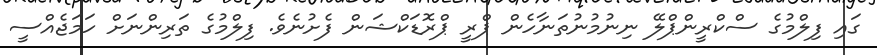
ގައި ފިލްމުގެ ސްކްރީންޕްލޭ ނިނުމުނުތަނާހެން ޕްރީ ޕްރޮޑަކްޝަން ފެށުނެވެ. ފިލްމުގެ ތަރިންނަށް ހަމަޖެއްސީ